Problem: 49 + 21 = ?
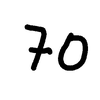
Handwritten answer: 70